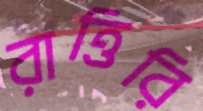
রাত্তিরি